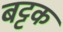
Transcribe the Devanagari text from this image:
बट्टक